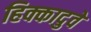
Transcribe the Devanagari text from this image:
हिक्कादुवे